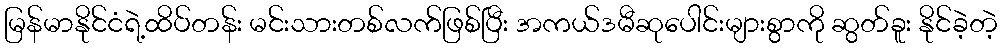
မြန်မာနိုင်ငံရဲ့ထိပ်တန်း မင်းသားတစ်လက်ဖြစ်ပြီး အကယ်ဒမီဆုပေါင်းများစွာကို ဆွတ်ခူး နိုင်ခဲ့တဲ့